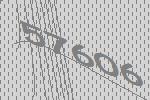
57606